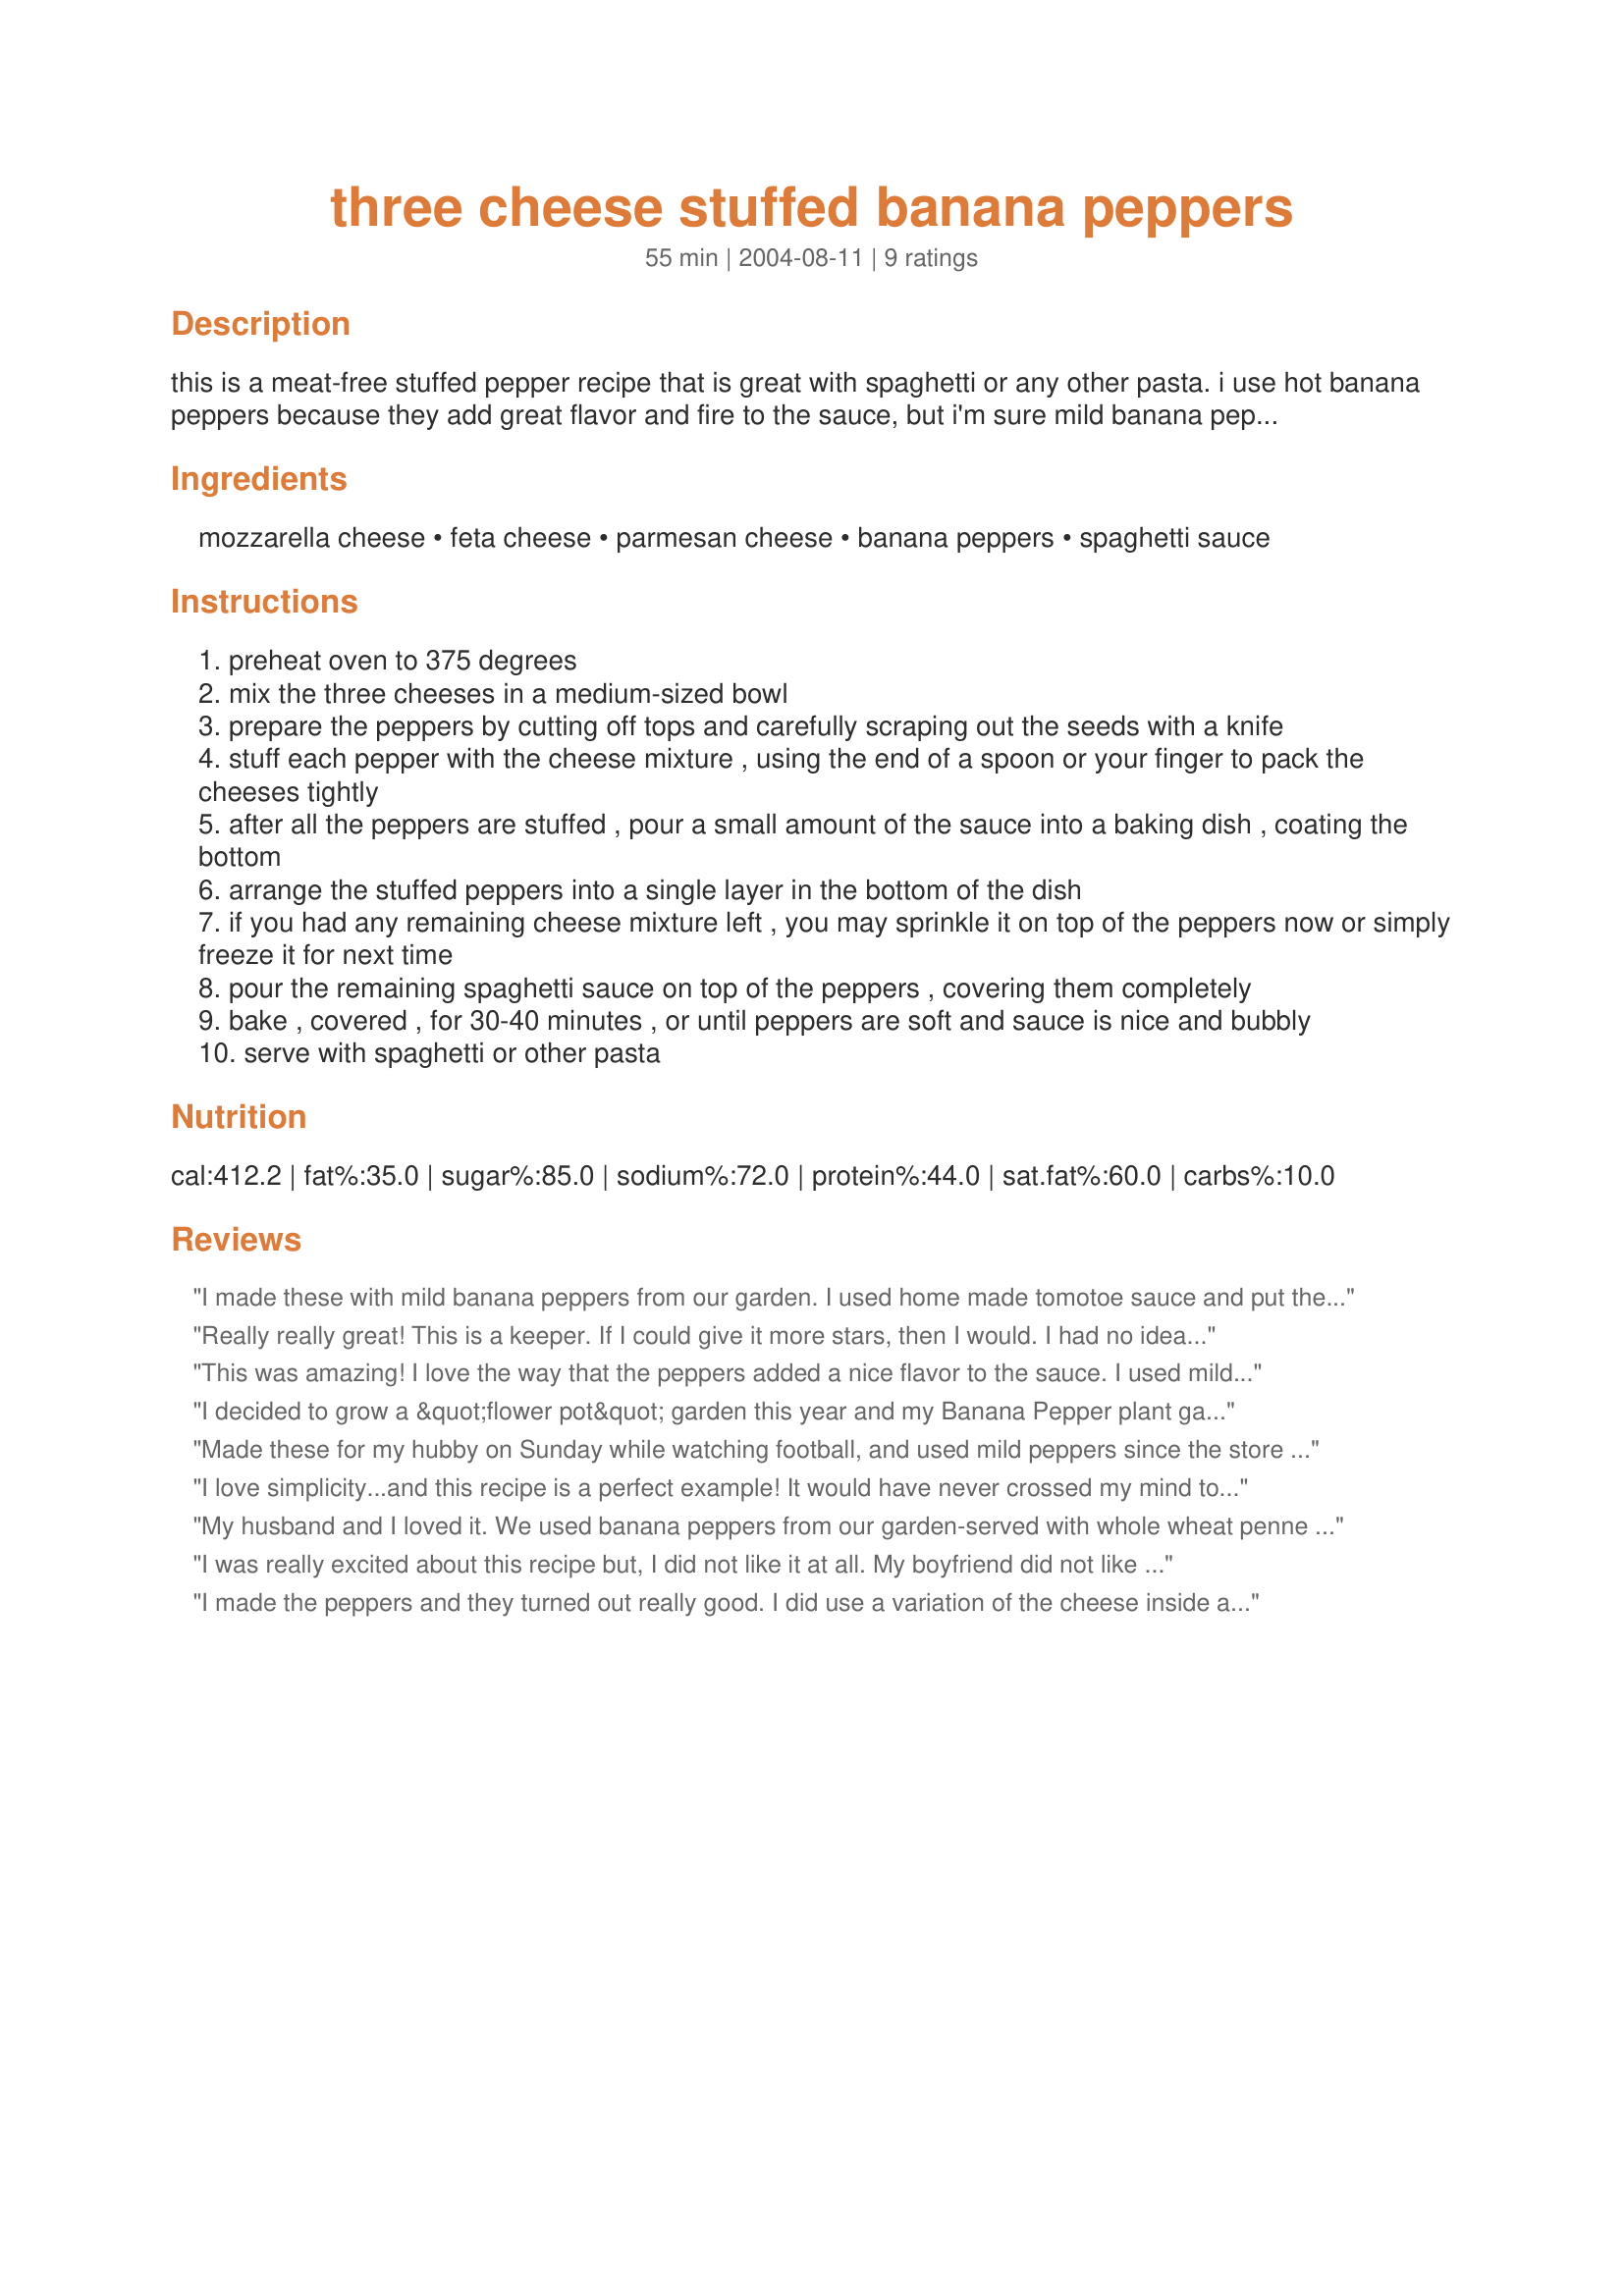
three cheese stuffed banana peppers
Preparation time: 55 minutes

this is a meat-free stuffed pepper recipe that is great with spaghetti or any other pasta. i use hot banana peppers because they add great flavor and fire to the sauce, but i'm sure mild banana peppers could be substituted for the faint-of-heart!

Ingredients:
mozzarella cheese, feta cheese, parmesan cheese, banana peppers, spaghetti sauce

Steps:
preheat oven to 375 degrees
mix the three cheeses in a medium-sized bowl
prepare the peppers by cutting off tops and carefully scraping out the seeds with a knife
stuff each pepper with the cheese mixture , using the end of a spoon or your finger to pack the cheeses tightly
after all the peppers are stuffed , pour a small amount of the sauce into a baking dish , coating the bottom
arrange the stuffed peppers into a single layer in the bottom of the dish
if you had any remaining cheese mixture left , you may sprinkle it on top of the peppers now or simply freeze it for next time
pour the remaining spaghetti sauce on top of the peppers , covering them completely
bake , covered , for 30-40 minutes , or until peppers are soft and sauce is nice and bubbly
serve with spaghetti or other pasta

Reviews:
I made these with mild banana peppers from our garden. I used home made tomotoe sauce and put the peppers over papparadelle pasta. We loved it!
Really really great! This is a keeper. If I could give it more stars, then I would. I had no idea what to do with these banana peppers that I had and this was perfect. The whole family loved it. I used Mozzarella cheese and some garlic dill cheddar I had to stuff them. It stayed in the peppers very well. I used a garlic flavored spaghetti sauce. The peppers really made the sauce good and spicy!
This was amazing! I love the way that the peppers added a nice flavor to the sauce. I used mild/sweet peppers so my 2 yr old son would be able to eat this as well. The only problem that I had with it was getting the cheese to stay in the peppers. But, even with that issue, I still give it 5 stars and would give it more if I could.
I decided to grow a &quot;flower pot&quot; garden this year and my Banana Pepper plant gave me 4 good size, beautiful banana peppers and this recipe was just what I needed! It was a great addition to spaghetti night! Thanks for the recipe!
Made these for my hubby on Sunday while watching football, and used mild peppers since the store was limited on hot peppers. Hubby does not like spaghetti sauce with them, so I just put a little olive oil on the bottom of the pan. They turned out delicious! I will make these again. Thanks for sharing!
I love simplicity...and this recipe is a perfect example! It would have never crossed my mind to add something like this to my homemade spaghetti when I stumbled across this recipe looking for something to do with too many banana peppers from the garden. I noticed your comment about these going well with spaghetti and Woo Hoo! you were right on! Unfortunately, I did not have the feta cheese on hand, so I subbed what I did have, which was some co-jack...but it worked very well for us. I spooned a little of my homemade sauce, which is a bit thick and chunky, over the top and I think this might have helped hold the cheese in as it melted. My peppers had pretty thin walls so I lowered the heat to 325 degrees and baked them for about 35 minutes, which I am sure was also a big factor in helping to keep the cheese where it belonged. I really enjoyed a bite of these ooey-gooey cheesy peppers with a fork full of spaghetti as well as on their own! Next year I am planting an extra banana pepper plant so we can have these often! Thanks for this GREAT! recipe! :)
My husband and I loved it. We used banana peppers from our garden-served with whole wheat penne pasta. Delish!
I was really excited about this recipe but, I did not like it at all. My boyfriend did not like it either. I think this would be better if I substituted ricotta cheese for the feta.
I made the peppers and they turned out really good. I did use a variation of the cheese inside and most of it (maybe all of it) got so runny that it just melted out of the peppers. I was hoping they would be full of cheese, but the cheese I used got too runny. The flavor was really really good though. I might try propping the peppers up in a deeper pan next time to try to keep the cheese inside. Yummy!
